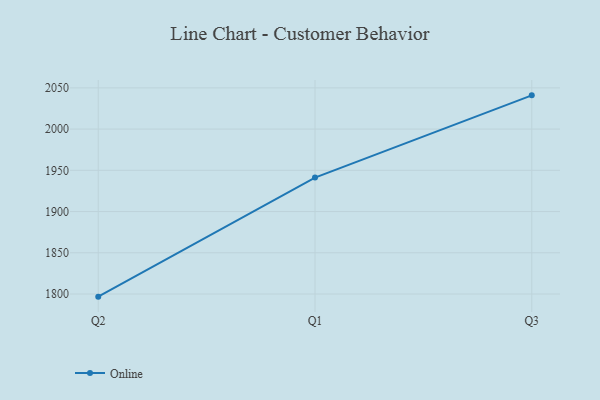
{"axis": {"x": "Quarter", "y": "Population (Million)"}, "legend": ["Online"], "data": [{"x": "Q2", "y": 1796.8, "type": "Online"}, {"x": "Q1", "y": 1941.2, "type": "Online"}, {"x": "Q3", "y": 2040.9, "type": "Online"}]}